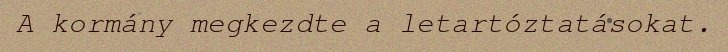
A kormány megkezdte a letartóztatásokat.